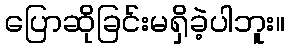
ပြောဆိုခြင်းမရှိခဲ့ပါဘူး။